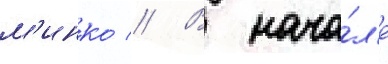
м'инко // В нача́л'е